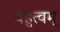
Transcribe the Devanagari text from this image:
बहुत्वम्